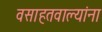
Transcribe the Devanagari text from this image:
वसाहतवाल्यांना